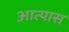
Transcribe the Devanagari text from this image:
आत्यास